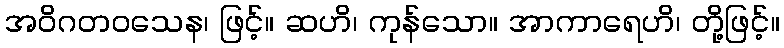
အဝိဂတဝသေန၊ ဖြင့်။ ဆဟိ၊ ကုန်သော။ အာကာရေဟိ၊ တို့ဖြင့်။